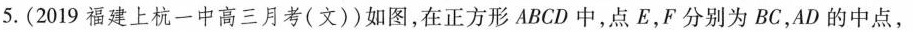
5.(2019福建上杭一中高三月考(文))如图，在正方形ABCD中，点E，F分别为BC，AD的中点，